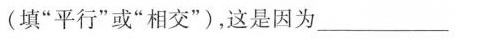
(填”平行”或”相交”)，这是因为___